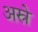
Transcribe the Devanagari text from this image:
अस्रे